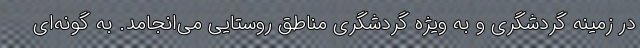
در زمینه گردشگری و به ویژه گردشگری مناطق روستایی می‌انجامد. به گونه‌ای